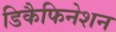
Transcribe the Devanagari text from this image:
डिकैफिनेशन